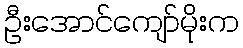
ဦးအောင်ကျော်မိုးက